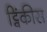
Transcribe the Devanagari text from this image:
ट्विंकीस